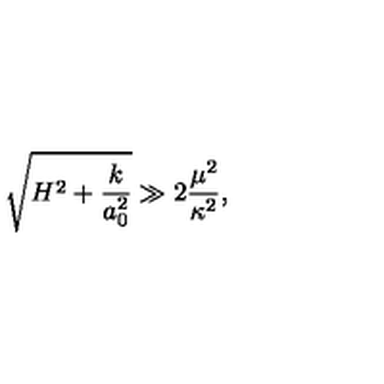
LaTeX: \sqrt { H ^ { 2 } + \frac { k } { a _ { 0 } ^ { 2 } } } \gg 2 \frac { \mu ^ { 2 } } { \kappa ^ { 2 } } ,